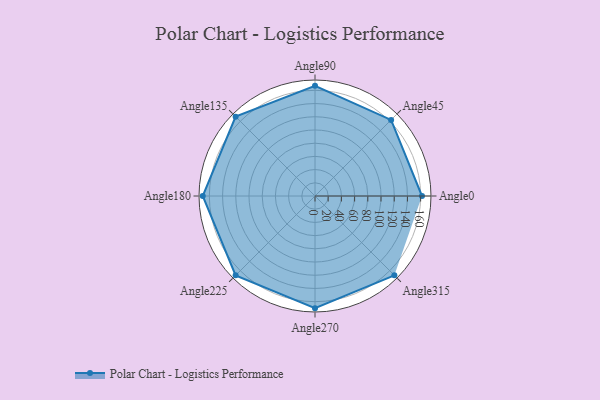
{"axis": {"x": "Angle", "y": "Radius"}, "legend": [""], "data": [{"x": "Angle0", "y": 162.0, "type": ""}, {"x": "Angle45", "y": 163.0, "type": ""}, {"x": "Angle90", "y": 167.0, "type": ""}, {"x": "Angle135", "y": 170, "type": ""}, {"x": "Angle180", "y": 170, "type": ""}, {"x": "Angle225", "y": 170, "type": ""}, {"x": "Angle270", "y": 170, "type": ""}, {"x": "Angle315", "y": 170, "type": ""}]}